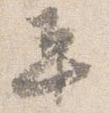
平